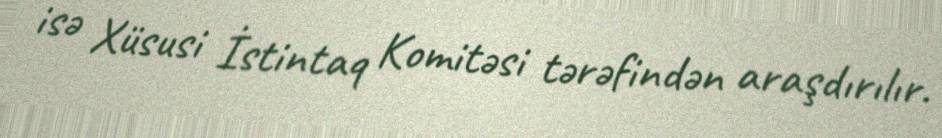
isə Xüsusi İstintaq Komitəsi tərəfindən araşdırılır.